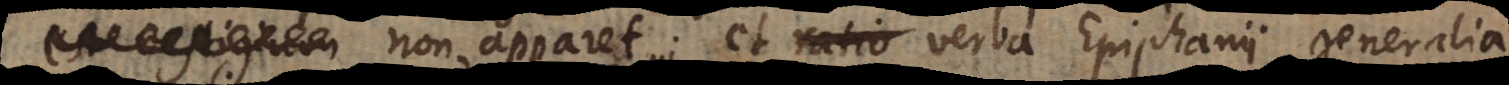
est vestigium non apparet; et ratio verba Epiphanii generalia